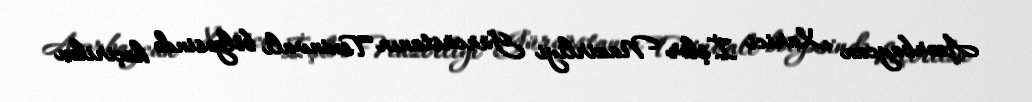
Azərbaycan Xarici İşlər Nazirliyi Gürcüstanın Tsxinvali bölgəsində keçirilən